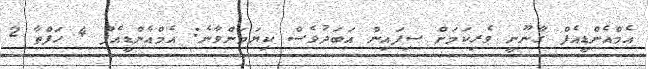
އެމްއެންޑީއެފް ގާނޫނީ ވެރިކަމަށް ސިފައިން އަބަދުވެސް ކިޔަމަންވާނެ: އެމްއެންޑީއެފް 4 ހަފްތާ 2